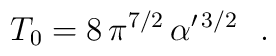
T_0= 8\,\pi^{7/2}\,\alpha'^{\,3/2}~~.